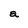
Character: a